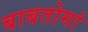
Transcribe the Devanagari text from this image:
बाबतोमां